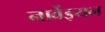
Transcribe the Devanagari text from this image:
नार्वेइयन